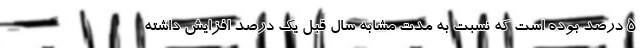
۵ درصد بوده است که نسبت به مدت مشابه سال قبل یک درصد افزایش داشته